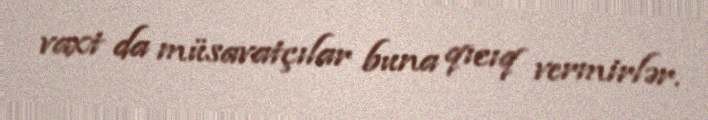
vaxt da müsavatçılar buna qıcıq vermirlər.